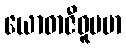
ယောဓာဇီဝူပမာ